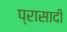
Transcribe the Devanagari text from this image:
प्रासादी